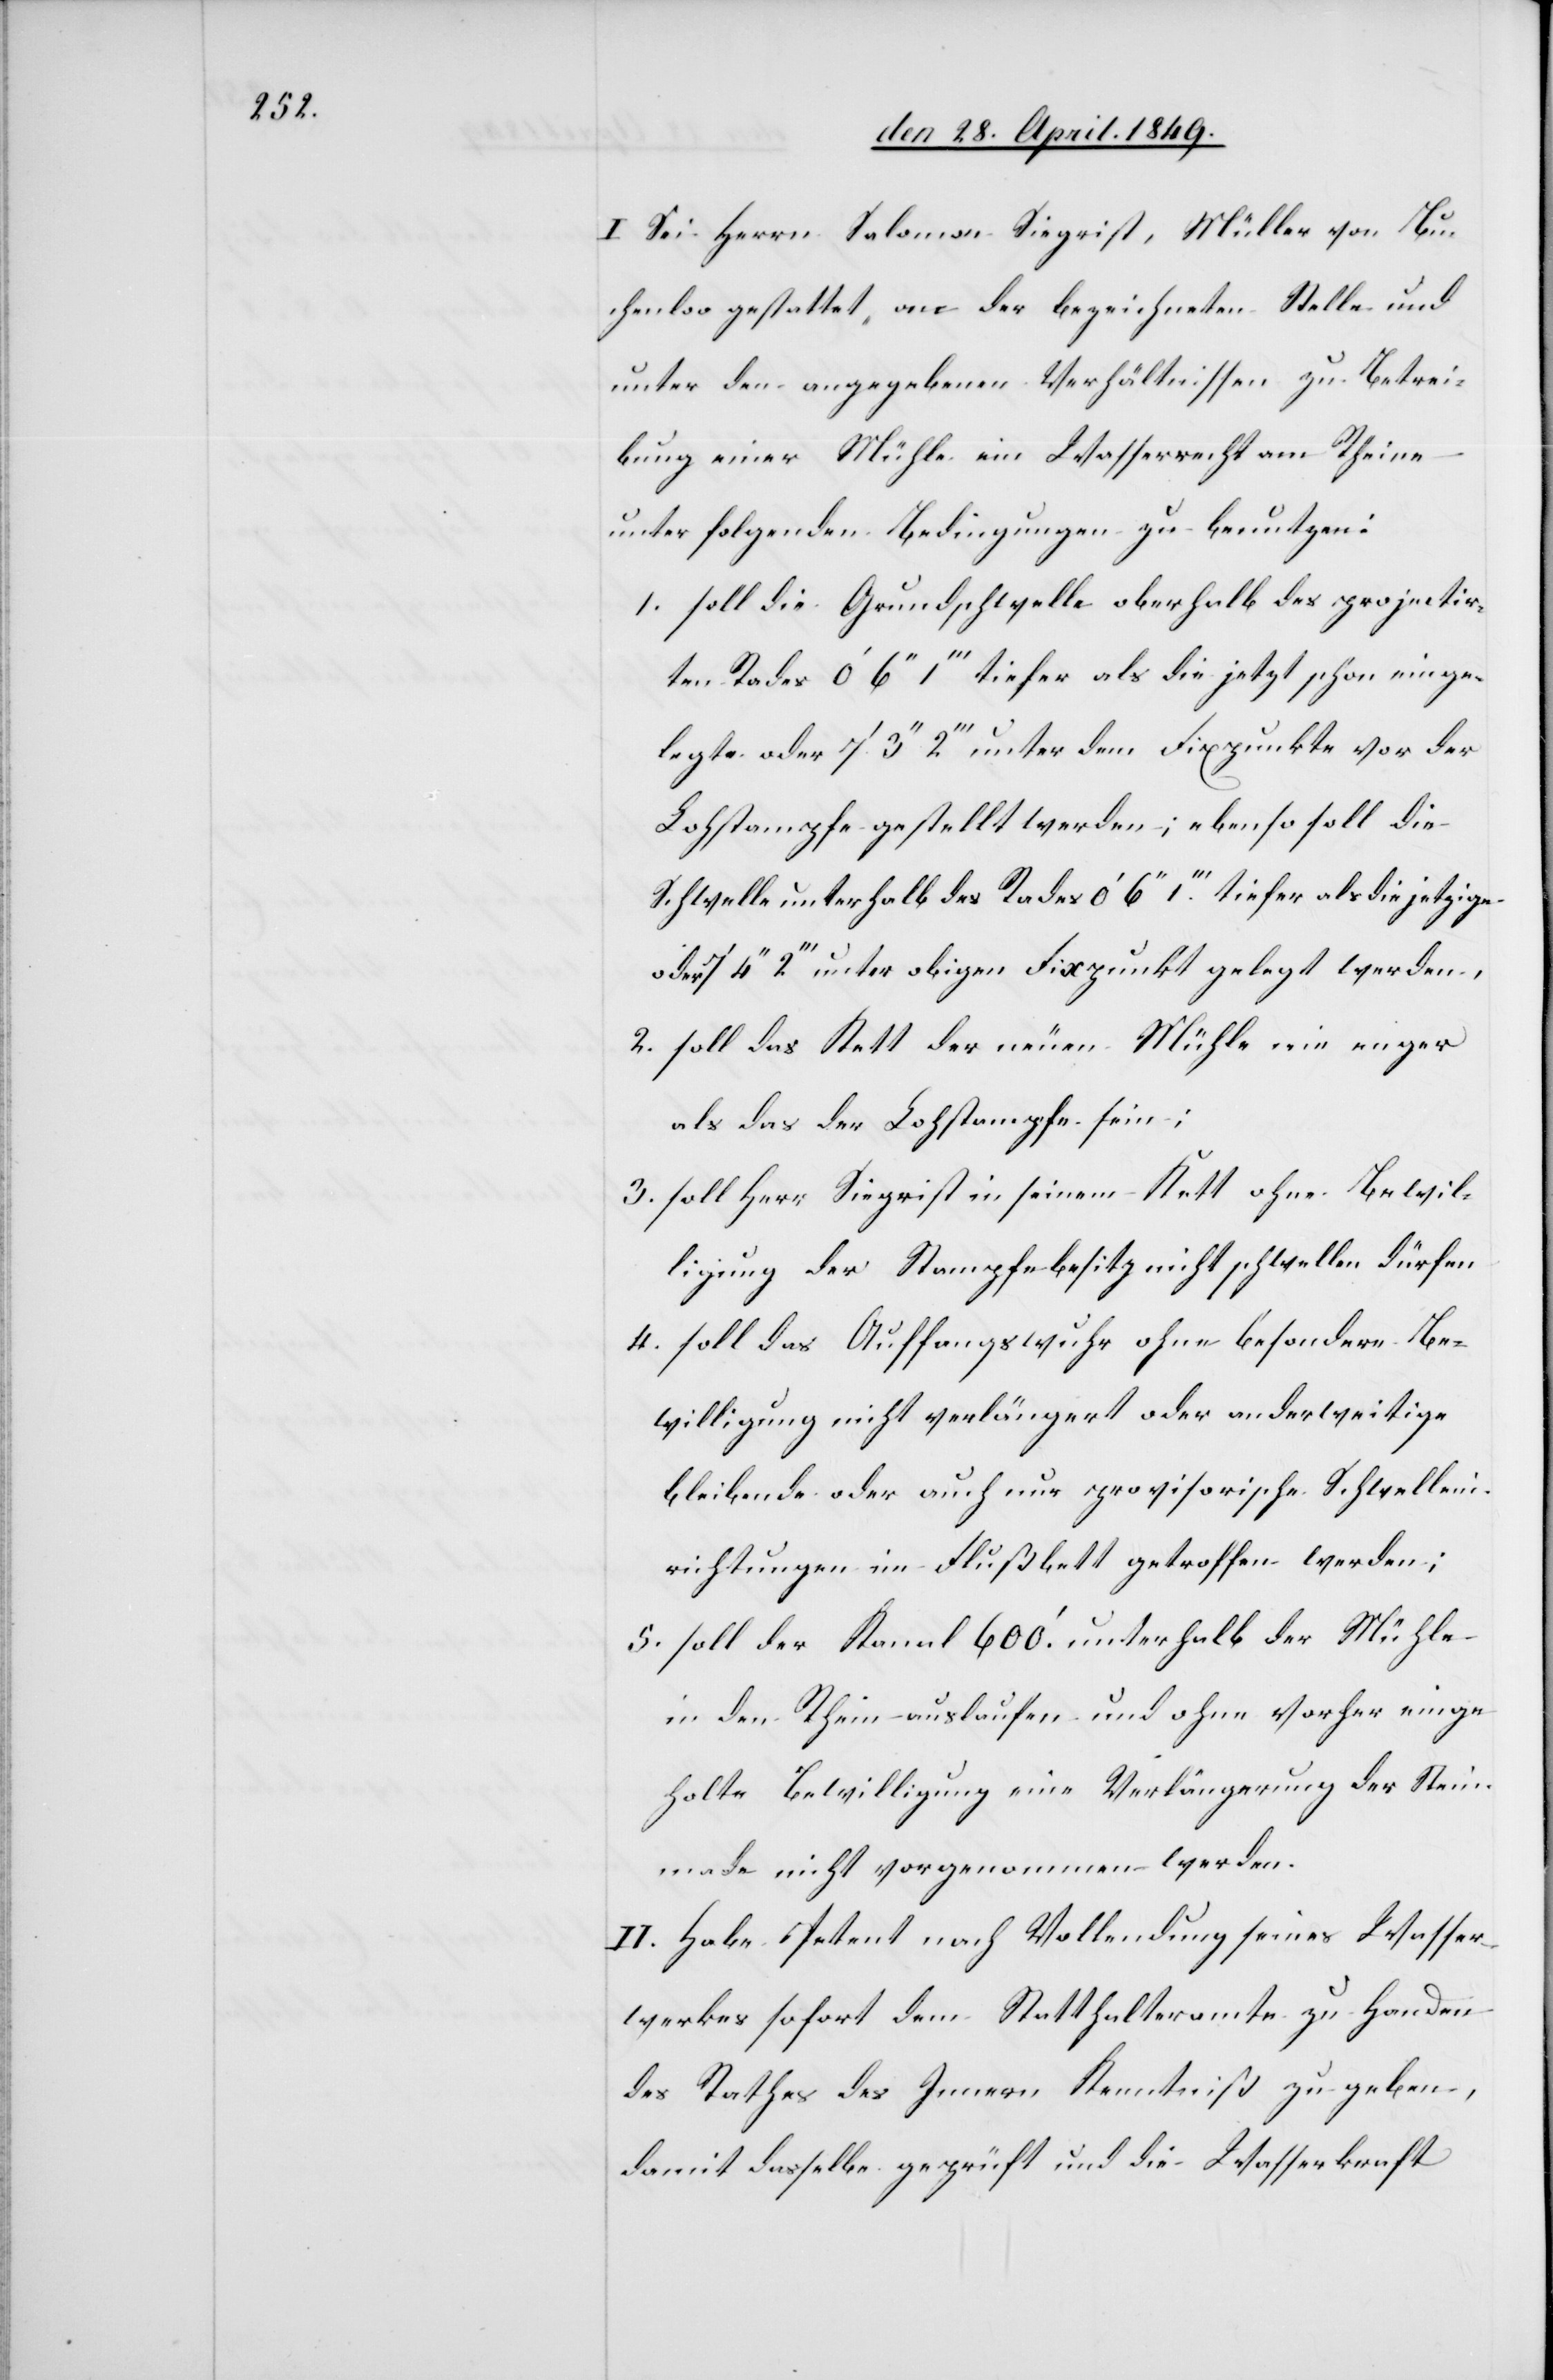
I. Sei Herrn Salomon Siegrist [sic!], Müller von Bu¬
chenloo gestattet, an der bezeichneten Stelle und
unter den angegebenen Verhältnissen zu Betrei¬
bung einer Mühle ein Wasserrecht am Rheine
unter folgenden Bedingungen zu benutzen:
1. Soll die Grundschwelle oberhalb des projectir¬
ten Rades 0‘ 6‘‘ 1‘‘‘ tiefer als die jetzt schon einge¬
legte oder 7‘ 3‘‘ 2‘‘‘ unter dem Fixpunkte vor der
Lohstampfe gestellt werden; ebenso soll die
Schwelle unterhalb des Rades 0‘ 6‘‘ 1‘‘‘ tiefer als die jetzige
oder 7‘ 4‘‘ 2‘‘‘ unter obigen Fixpunkt gelegt werden,
2. soll das Kett der neuen Mühle nie enger
als das der Lohstampfe sein:
3. Soll Herr Siegrist in seinem Kett ohne Bewil¬
ligung der Stampfebesitz nicht schwellen dürfen
4. Soll das Auffangswuhr ohne besondere Be¬
willigung nicht verlängert oder anderweitige
bleibende oder auch nur provisorische Schwellein¬
richtungen im Flußbett getroffen werden;
5. Soll der Kanal 600‘ unterhalb der Mühle
in den Rhein auslaufen und ohne vorher einge¬
holte Bewilligung eine Verlängerung der Stein¬
made nicht vorgenommen werden.
II. Habe Petent nach Vollendung seines Wasser¬
werkes sofort dem Statthalteramte zu Handen
des Rathes des Innern Kenntniß zu geben,
damit dasselbe geprüft und die Wasserkraft